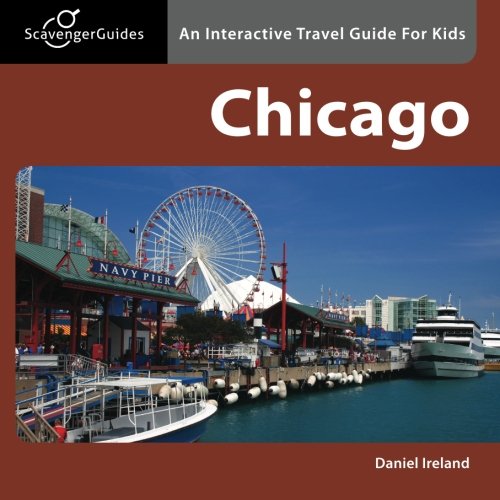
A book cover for Scavenger Guides Chicago: An Interactive Travel Guide For Kids; Daniel Ireland; Travel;